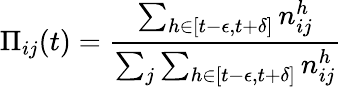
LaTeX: \Pi_{ij}(t)=\frac{\sum_{h\in[t-\epsilon,t+\delta]}n_{ij}^{h}}{\sum_{j}\sum_{h\in[t-\epsilon,t+\delta]}n_{ij}^{h}}